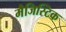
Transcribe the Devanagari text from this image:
मैजिस्टिक